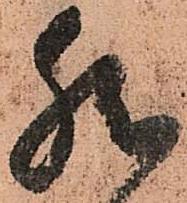
然